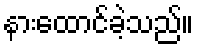
နားထောင်ခဲ့သည်။